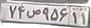
۷۴ص۹۵۶۱۱